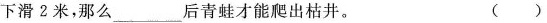
下滑2米，那么___后青蛙才能爬出枯井。 ()